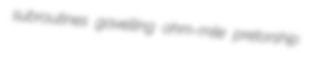
subroutines gavelling ohm-mile pretorship